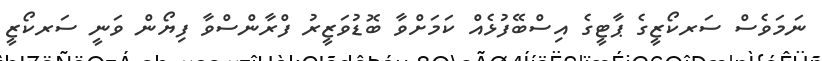
ނަމަވެސް ސަރކޯޒީގެ ޕާޓީގެ އިސްބޭފުޅެއް ކަމަށްވާ ބޮޑުވަޒީރު ފްރާންސްވާ ފިޔޯން ވަނީ ސަރކޯޒީ